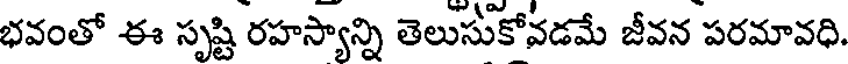
భవంతో ఈ సృష్టి రహస్యాన్ని తెలుసుకోవడమే జీవన పరమావధి.